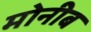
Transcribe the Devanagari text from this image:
मोनीब